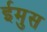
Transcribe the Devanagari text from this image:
ईमुस